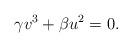
LaTeX: \begin{align*}\gamma v^3 + \beta u^2 = 0.\end{align*}